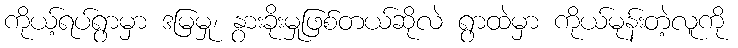
ကိုယ့်ရပ်ရွာမှာ ဒမြမှု၊ နွားခိုးမှုဖြစ်တယ်ဆိုလဲ ရွာထဲမှာ ကိုယ်မုန်းတဲ့လူကို